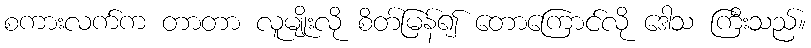
စကားလက်က တာတာ လူမျိုးလို စိတ်မြန်၍ တောကြောင်လို ဒေါသ ကြီးသည်။